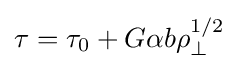
\tau =\tau _{0}+G\alpha b\rho _{\perp }^{1/2}\